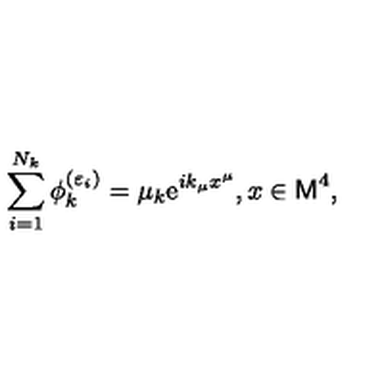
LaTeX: \sum _ { i = 1 } ^ { N _ { k } } \phi _ { k } ^ { ( \varepsilon _ { i } ) } = \mu _ { k } \mathrm { e } ^ { i k _ { \mu } x ^ { \mu } } , x \in { \sf M } ^ { 4 } ,